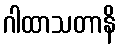
ဂါထာသတာနိ